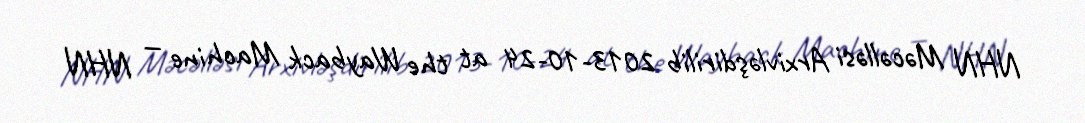
NHN Məcəlləsi Arxivləşdirilib 2013-10-24 at the Wayback Machine — NHN